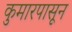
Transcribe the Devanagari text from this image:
कुमारपासून